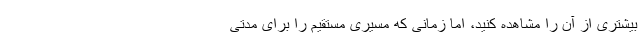
بیشتری از آن را مشاهده کنید، اما زمانی که مسیری مستقیم را برای مدتی